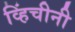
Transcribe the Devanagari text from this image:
व्हिंचीनी